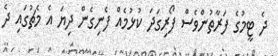
ދެ ޓީމުގެ ފަރާތުންވެސް ފޯރިގަދަ ކުޅުމެއް ފެނިގެން ދިޔަ އެ މެޗުގައި ދެ